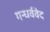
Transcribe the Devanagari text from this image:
गन्धर्ववेद